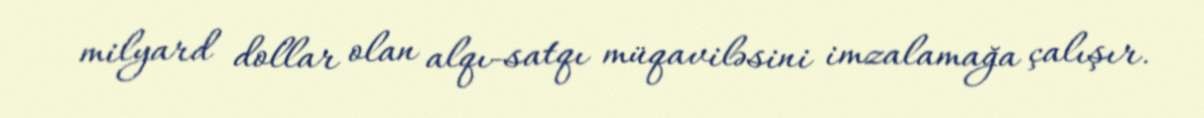
milyard dollar olan alqı-satqı müqaviləsini imzalamağa çalışır.